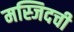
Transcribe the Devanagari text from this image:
मस्जिदची